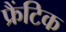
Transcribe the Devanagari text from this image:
फ्रैंटिक